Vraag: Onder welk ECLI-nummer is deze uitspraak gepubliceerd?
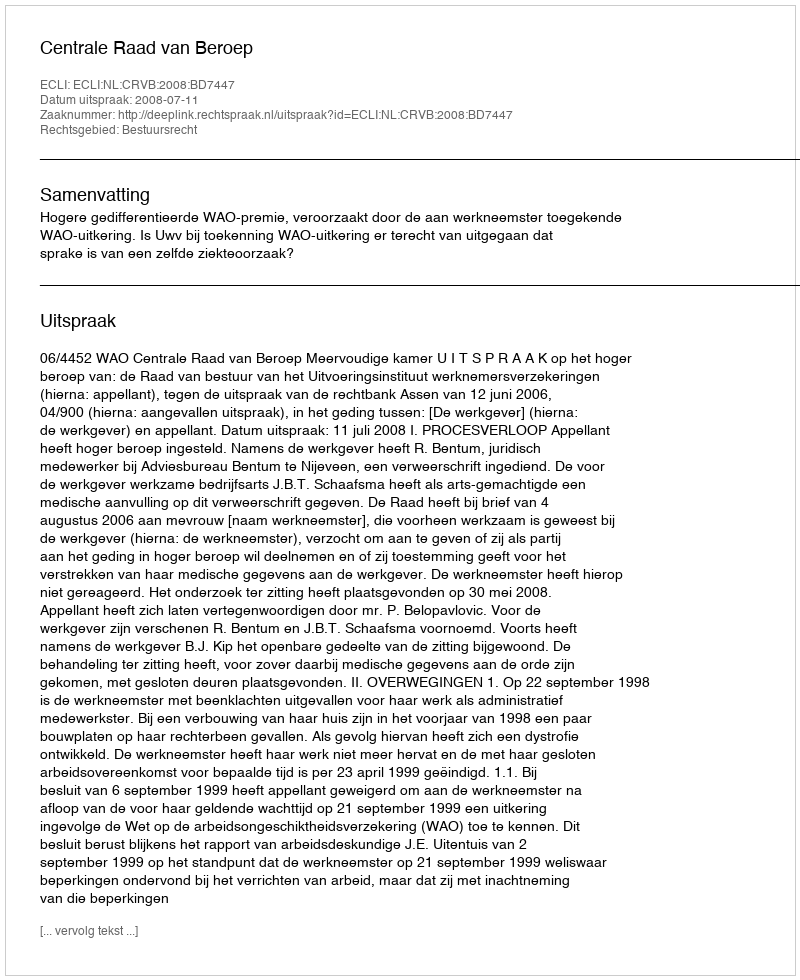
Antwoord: ECLI:NL:CRVB:2008:BD7447